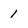
Character: 1